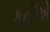
કહીએ